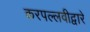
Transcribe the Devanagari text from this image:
करपल्लवीद्वारे